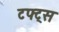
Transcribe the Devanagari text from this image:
टफ्ट्‌स